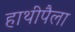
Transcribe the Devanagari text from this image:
हाथीपैला